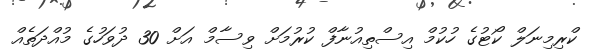
ކްރިމިނަލް ކޯޓުގެ ހުކުމް އިސްތިއުނާފް ކުރުމަށް ވިސާމް އަށް 30 ދުވަހުގެ މުއްދަތެއް